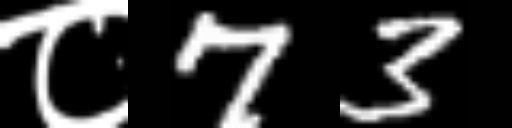
Text: ८73